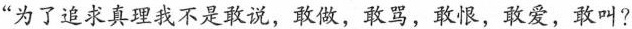
“为了追求真理我不是敢说，敢做，敢骂，敢恨，敢爱，敢叫?